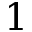
1